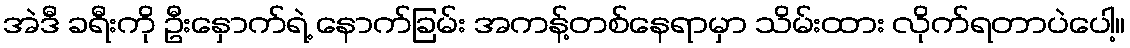
အဲဒီ ခရီးကို ဦးနှောက်ရဲ့ နောက်ခြမ်း အကန့်တစ်နေရာမှာ သိမ်းထား လိုက်ရတာပဲပေါ့။